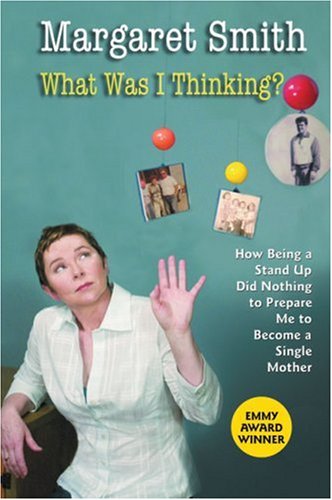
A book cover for What Was I Thinking?: How Being a Stand Up Did Nothing to Prepare Me to Become a Single Mother; Margaret Smith; Parenting & Relationships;